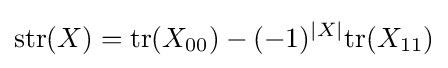
\mathrm {str} (X)=\mathrm {tr} (X_{00})-(-1)^{|X|}\mathrm {tr} (X_{11})